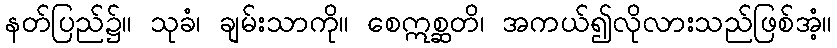
နတ်ပြည်၌။ သုခံ၊ ချမ်းသာကို။ စေဣစ္ဆတိ၊ အကယ်၍လိုလားသည်ဖြစ်အံ့။